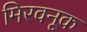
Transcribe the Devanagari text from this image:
मिरवनूक